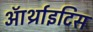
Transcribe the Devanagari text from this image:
ऑर्थ्राइटिस